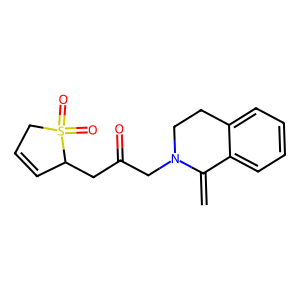
SMILES: C=C1c2ccccc2CCN1CC(=O)CC1C=CCS1(=O)=O
Inhibits HIV replication: No